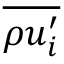
\overline { { \rho u _ { i } ^ { \prime } } }